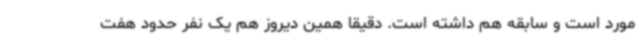
مورد است و سابقه هم داشته است. دقیقا همین دیروز هم یک نفر حدود هفت‌